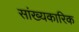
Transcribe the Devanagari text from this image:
सांख्यकारिक